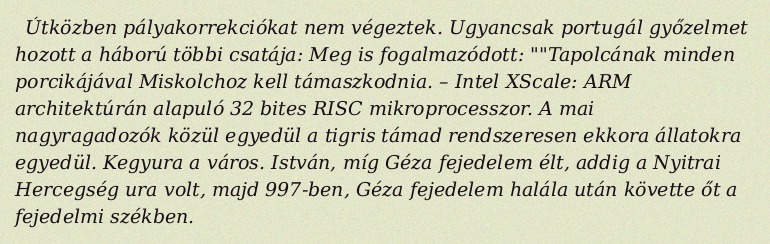
Útközben pályakorrekciókat nem végeztek. Ugyancsak portugál győzelmet hozott a háború többi csatája: Meg is fogalmazódott: ""Tapolcának minden porcikájával Miskolchoz kell támaszkodnia. – Intel XScale: ARM architektúrán alapuló 32 bites RISC mikroprocesszor. A mai nagyragadozók közül egyedül a tigris támad rendszeresen ekkora állatokra egyedül. Kegyura a város. István, míg Géza fejedelem élt, addig a Nyitrai Hercegség ura volt, majd 997-ben, Géza fejedelem halála után követte őt a fejedelmi székben.